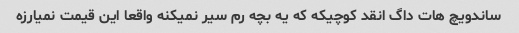
ساندویچ هات داگ انقد کوچیکه که یه بچه رم سیر نمیکنه واقعا این قیمت نمیارزه